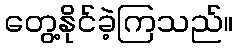
တွေ့နိုင်ခဲ့ကြသည်။